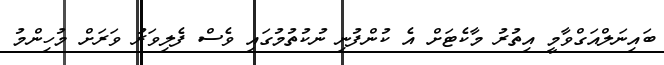
ބައިނަލްއަގްވާމީ އިތުރު މާކެޓަށް އެ ކުންފުނި ނުކުތުމުގައި ވެސް ފެލިވަރު ވަރަށް މުހިންމު